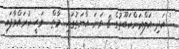
' އަދި އަލްޢަންކަބޫތުގެ 8 ވަނަ އާޔަތުގައި މާތް  ވަޙީ ކުރައްވާފައި